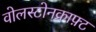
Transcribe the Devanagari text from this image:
वोलस्टोनक्राफ़्ट